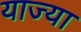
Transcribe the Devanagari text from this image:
याज्या